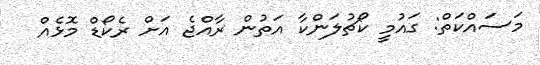
މަސައްކަތް: ގައުމީ ކޯޗުލަންކާ އަތުން ރާއްޖެ އަށް ރެކޯޑް މޮޅެއް